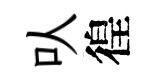
㕥徨